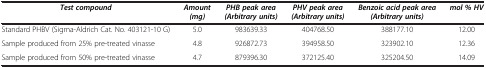
| Test compound | Amount (mg) | PHB peak area (Arbitrary units) | PHV peak area (Arbitrary units) | Benzoic acid peak area (Arbitrary units) | mol % HV |
 | --- | --- | --- | --- | --- | --- |
 | Standard PHBV (Sigma-Aldrich Cat. No. 403121-10 G) | 5.0 | 983639.33 | 404768.50 | 388177.10 | 12.00 |
 | Sample produced from 25% pre-treated vinasse | 4.8 | 926872.73 | 394958.50 | 323902.10 | 12.36 |
 | Sample produced from 50% pre-treated vinasse | 4.7 | 879396.30 | 372125.40 | 325204.50 | 14.09 |